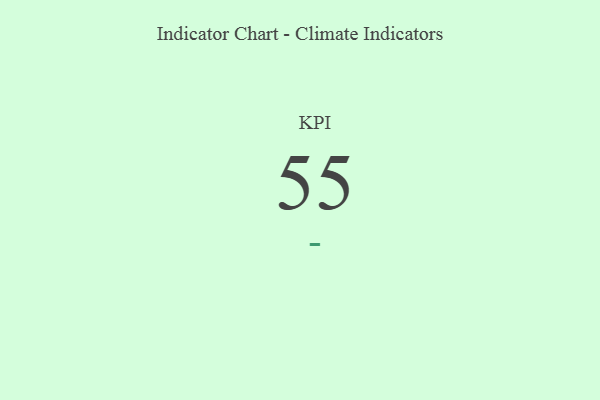
{"axis": {"x": "KPI", "y": "Value"}, "legend": [""], "data": [{"x": "KPI", "y": 55, "type": ""}]}